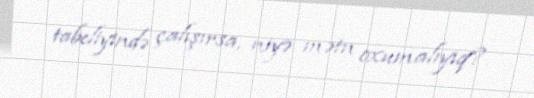
tabeliyində çalışırsa, niyə mətn oxumalıyıq?.